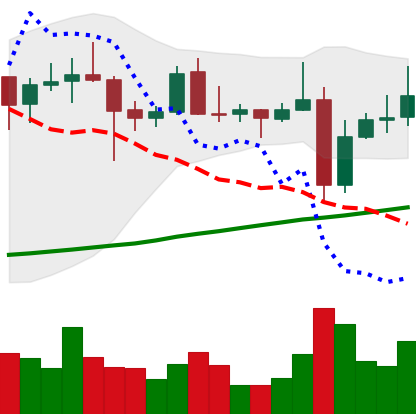
Ticker: XRP-USD
Chart end date: 2021-10-31
Forward return: 4.337%
Label: up_3_5